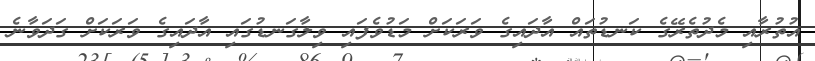
އުތުރާއި މެދުތެރޭގެ ކަނޑުތައް އާދައިގެ ވަރަކަށް މަޑުވެފައި ވިލާގަނޑުގައި އާދައިގެ ވަރަކަށް ގަދަވާނެ